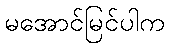
မအောင်မြင်ပါက